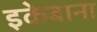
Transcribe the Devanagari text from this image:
इकेबाना